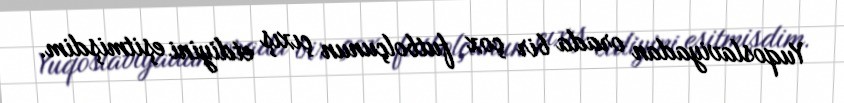
Yuqoslaviyadan orada bir çox futbolçunun çıxış etdiyini eşitmişdim.